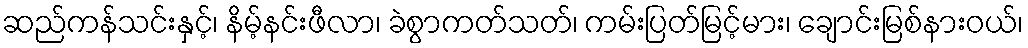
ဆည်ကန်သင်းနှင့်၊ နိမ့်နင်းဖီလာ၊ ခဲစွာကတ်သတ်၊ ကမ်းပြတ်မြင့်မား၊ ချောင်းမြစ်နားဝယ်၊